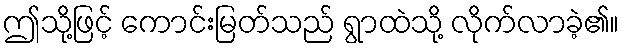
ဤသို့ဖြင့် ကောင်းမြတ်သည် ရွာထဲသို့ လိုက်လာခဲ့၏။